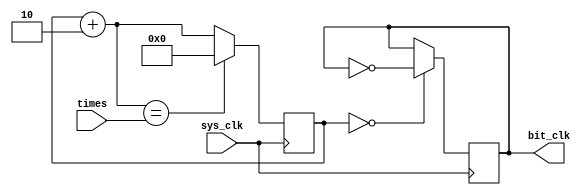
module ClkGenerate(bit_clk, sys_clk, times);
output bit_clk;
input sys_clk;
input [7:0]times;

reg [7:0]state_bit;
reg [7:0]divide_bit;
reg sigin_bit;

initial begin
	sigin_bit = 1'b0;
	state_bit = 8'b0000_0000;
end

assign bit_clk = sigin_bit;

always @(posedge sys_clk) begin
    divide_bit = times;
	if (state_bit==0) begin
		sigin_bit=~sigin_bit;
	end
	state_bit = state_bit + 8'b0000_0010;
	if (state_bit==divide_bit) begin
		state_bit = 8'b0000_0000;
	end
end

endmodule